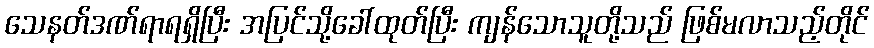
သေနတ်ဒဏ်ရာရရှိပြီး အပြင်သို့ခေါ်ထုတ်ပြီး ကျန်သောသူတို့သည် ဖြစ်မလာသည့်တိုင်